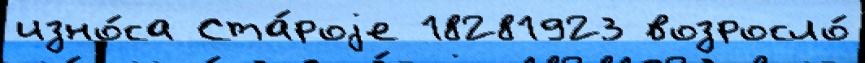
изно́са Ста́роjе 18281923 возросло́